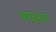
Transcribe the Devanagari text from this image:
बाळुभाई